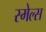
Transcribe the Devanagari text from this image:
स्‍मेल्‍स